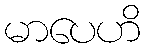
မာပေဟိ